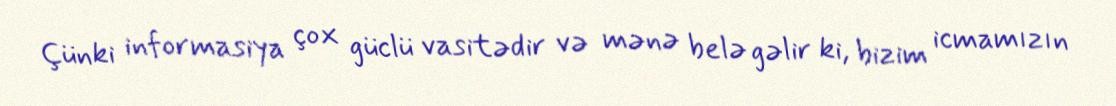
Çünki informasiya çox güclü vasitədir və mənə belə gəlir ki, bizim icmamızın